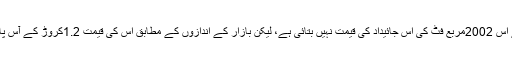
شاہ نے اس 2002مربع فٹ کی اس جائیداد کی قیمت نہیں بتائی ہے، لیکن بازار کے اندازوں کے مطابق اس کی قیمت 1.2کروڑ کے آس پاس ہے۔